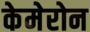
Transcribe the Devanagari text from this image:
केमेरोन